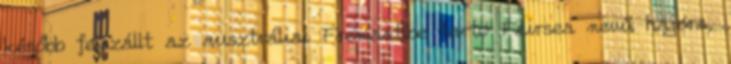
később felszállt az ausztráliai Fremantlbe tartó Fairsea nevű hajóra,